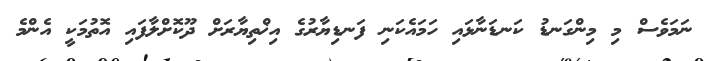
ނަމަވެސް މި މިންގަނޑު ކަނޑަނާޅައި ހަމައެކަނި ފަނޑިޔާރުގެ އިޚްތިޔާރަށް ދޫކޮށްލާފައި އޮތުމަކީ އެންމެ